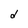
Character: d